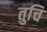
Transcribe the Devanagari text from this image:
तुचि